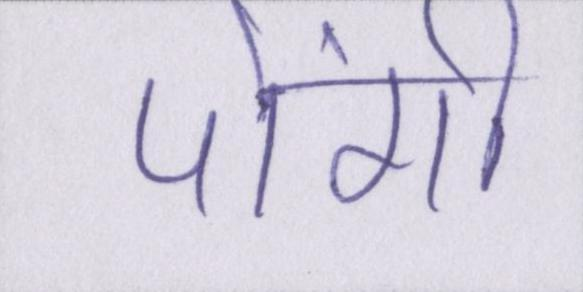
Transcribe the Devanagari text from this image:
पोंगी